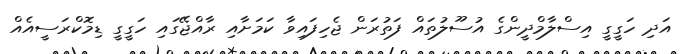
އަދި ހަގީގީ އިސްލާމްދީންގެ އުސޫލުތައް ފަތުރަން ޖެހިފައިވާ ކަމަށާއި ރާއްޖޭގައި ހަގީގީ ޑިމޮކްރަސީއެއް